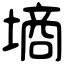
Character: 墒